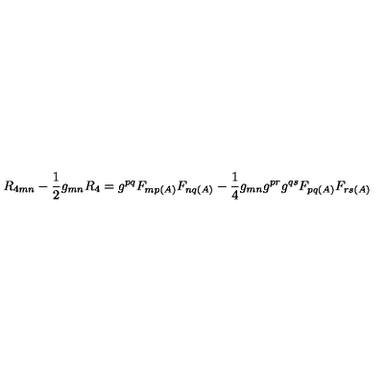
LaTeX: R _ { 4 m n } - \frac { 1 } { 2 } g _ { m n } R _ { 4 } = g ^ { p q } F _ { m p ( A ) } F _ { n q ( A ) } - \frac { 1 } { 4 } g _ { m n } g ^ { p r } g ^ { q s } F _ { p q ( A ) } F _ { r s ( A ) }